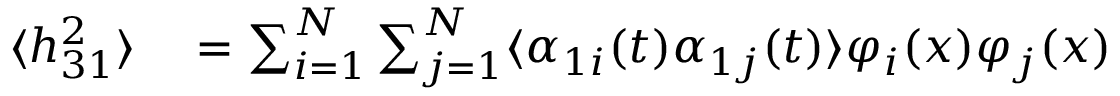
\begin{array} { r l } { \langle h _ { 3 1 } ^ { 2 } \rangle } & { { } = \sum _ { i = 1 } ^ { N } \sum _ { j = 1 } ^ { N } \langle \alpha _ { 1 i } ( t ) \alpha _ { 1 j } ( t ) \rangle \varphi _ { i } ( x ) \varphi _ { j } ( x ) } \end{array}